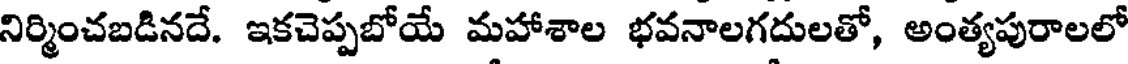
నిర్మించబడినదే. ఇకచెప్పబోయే మహాశాల భవనాలగదులతో, అంత్యపురాలలో